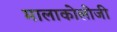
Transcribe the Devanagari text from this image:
मालाकोलोजी